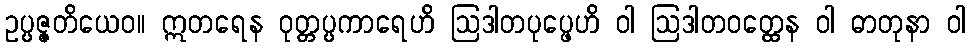
ဥပ္ပဇ္ဇတိယေဝ။ ဣတရေန ဝုတ္တပ္ပကာရေဟိ ဩဒါတပုပ္ဖေဟိ ဝါ ဩဒါတဝတ္ထေန ဝါ ဓာတုနာ ဝါ